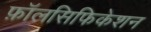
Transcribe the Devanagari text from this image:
फ़ॉलसिफिकेशन